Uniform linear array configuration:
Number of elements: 8
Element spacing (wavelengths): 0.5
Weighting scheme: binomial
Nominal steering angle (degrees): -45
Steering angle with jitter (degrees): -44.686
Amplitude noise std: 0.05
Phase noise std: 0.05

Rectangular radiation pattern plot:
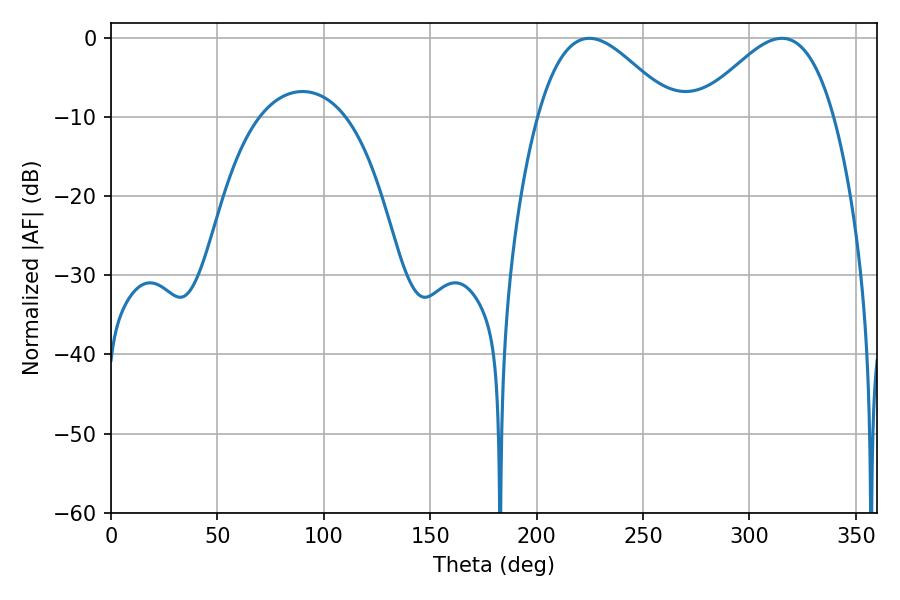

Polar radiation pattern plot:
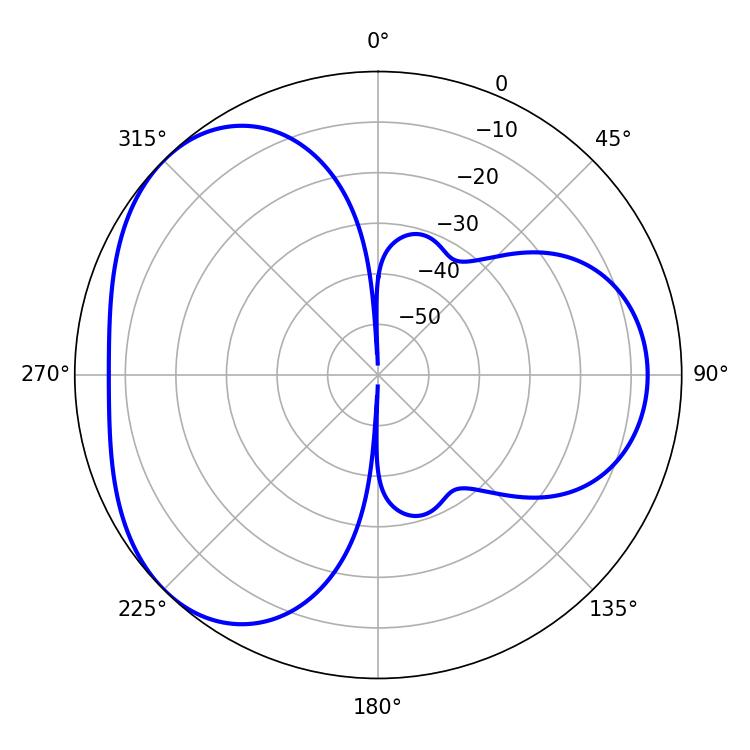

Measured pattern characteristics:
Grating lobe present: FALSE
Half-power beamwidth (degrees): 34.2
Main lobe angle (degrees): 224.82